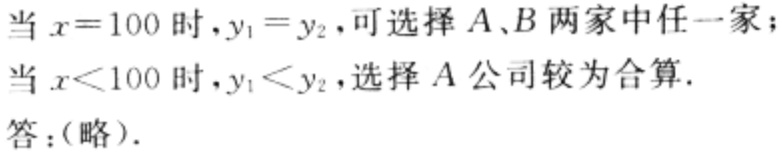
当 \(x = 100\) 时，\(y_1 = y_2\)，可选择 \(A、B\) 两家中任一家；

当 \(x<100\) 时，\(y_1<y_2\)，选择 \(A\) 公司较为合算.

答：（略）.